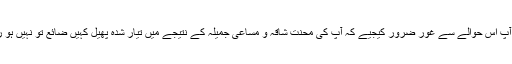
سو آپ اس حوالے سے غور ضرور کیجیے کہ آپ کی محنت شاقہ و مساعیٔ جمیلہ کے نتیجے میں تیار شدہ پھیل کہیں ضائع تو نہیں ہو رہا؟